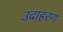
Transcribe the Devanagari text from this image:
उदाह्ररण